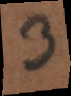
3